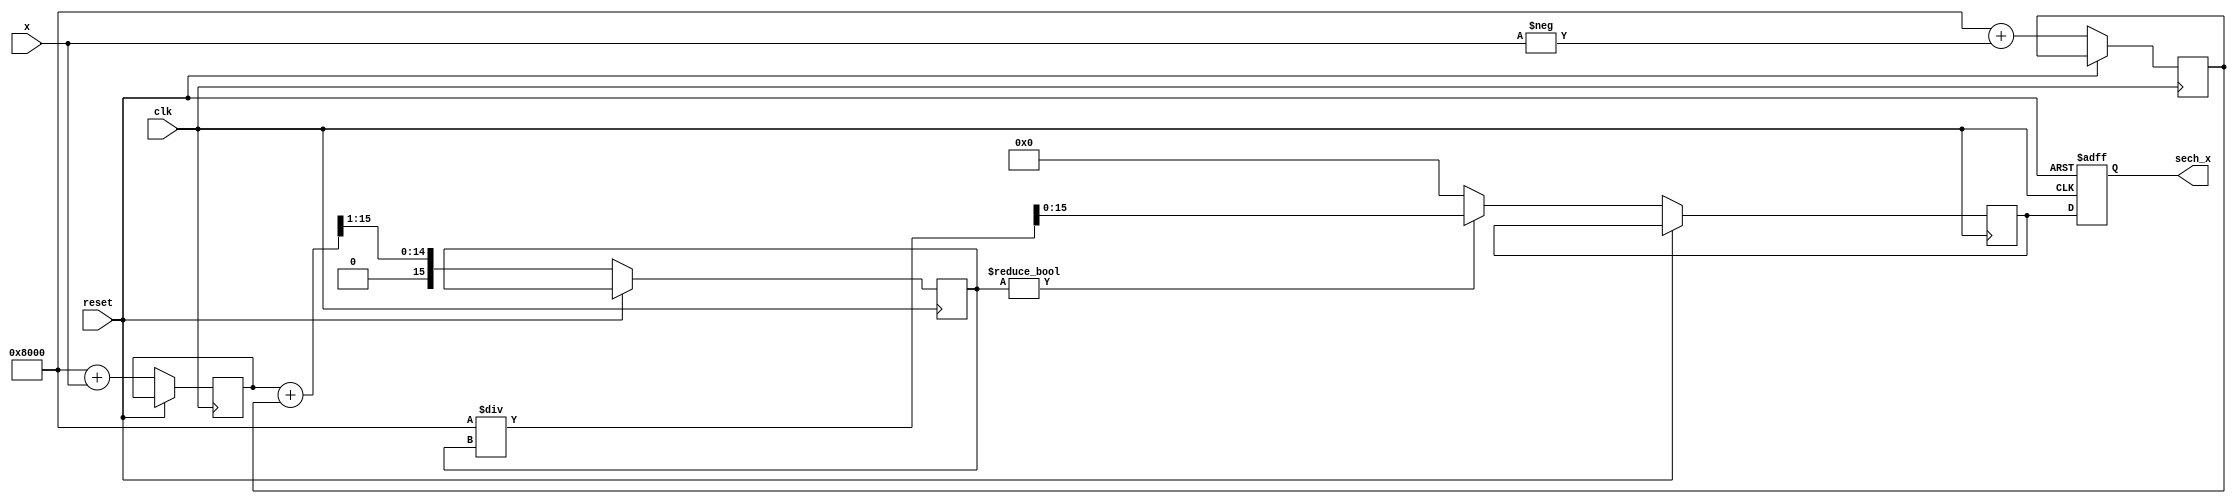
module hyperbolic_secant (
    input wire [15:0] x,          // Input x (fixed-point representation)
    output reg [15:0] sech_x,     // Output sech(x)
    input wire clk,               // Clock signal
    input wire reset              // Reset signal
);

    // Internal signals
    reg [15:0] exp_x;             // e^x
    reg [15:0] exp_neg_x;         // e^(-x)
    reg [15:0] cosh_x;            // cosh(x)
    reg [15:0] cosh_x_div_2;      // cosh(x) / 2
    reg [15:0] cosh_x_inv;        // 1 / cosh(x)

    // Exponential calculation (simple approximation)
    // This is a placeholder for an actual exponential calculation
    function [15:0] exp_func(input [15:0] val);
        begin
            // Simple Taylor series or other approximation goes here
            // For demonstration, we will use a simple linear approximation
            exp_func = (1 << 15) + val; // e^x  1 + x (for small x)
        end
    endfunction

    // Sequential logic for calculating sech(x)
    always @(posedge clk or posedge reset) begin
        if (reset) begin
            sech_x <= 16'b0;
        end else begin
            // Calculate e^x and e^(-x)
            exp_x <= exp_func(x);
            exp_neg_x <= exp_func(-x);

            // Calculate cosh(x) = (e^x + e^(-x)) / 2
            cosh_x <= (exp_x + exp_neg_x) >> 1; // Divide by 2

            // Calculate 1 / cosh(x)
            // Simple reciprocal approximation (for demonstration)
            if (cosh_x != 0) begin
                cosh_x_inv <= (1 << 15) / cosh_x; // 1 / cosh(x) using fixed-point
            end else begin
                cosh_x_inv <= 16'b0; // Handle division by zero
            end

            // Output sech(x)
            sech_x <= cosh_x_inv;
        end
    end

endmodule